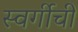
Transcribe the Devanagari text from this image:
स्वर्गीची